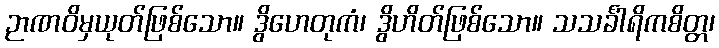
ဉာဏဝိမှယုတ်ဖြစ်သော။ ဒွိဟေတုကံ၊ ဒွိဟိတ်ဖြစ်သော။ သသင်္ခါရိကစိတ္တ၊